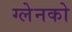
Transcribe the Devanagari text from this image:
ग्लेनको